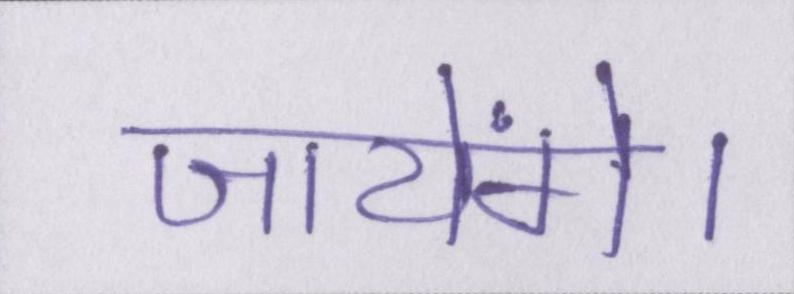
जायेंगे।